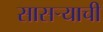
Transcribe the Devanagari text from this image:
सासऱ्याची